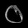
Digit: ၀